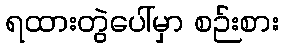
ရထားတွဲပေါ်မှာ စဉ်းစား